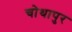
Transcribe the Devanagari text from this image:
चोथापुर